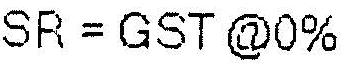
SR = GST @0%